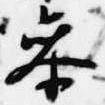
参